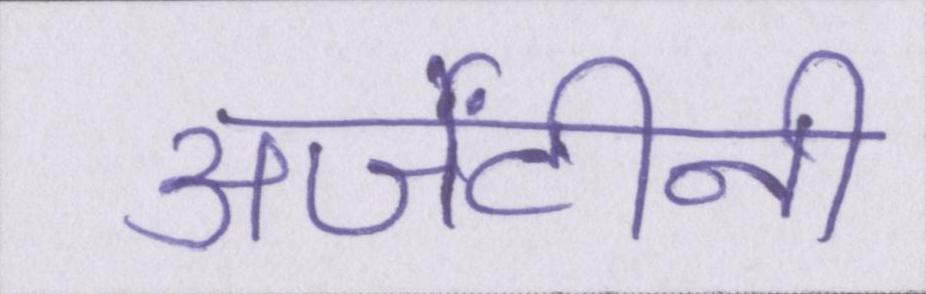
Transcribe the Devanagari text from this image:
अर्जेंटीनी